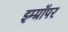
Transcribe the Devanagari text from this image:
इम्प्रॉपर